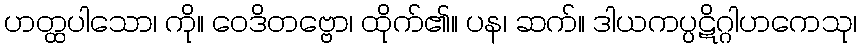
ဟတ္ထပါသော၊ ကို။ ဝေဒိတဗ္ဗော၊ ထိုက်၏။ ပန၊ ဆက်။ ဒါယကပ္ပဋိဂ္ဂါဟကေသု၊